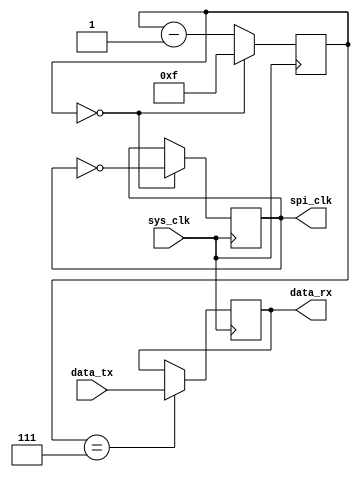
module spi_timing_control(
  input wire sys_clk,
  output reg spi_clk,
  input wire data_tx,
  output reg data_rx
);

reg [7:0] clock_divider;

always @(posedge sys_clk) begin
  // Clock divider logic to generate SPI clock frequency
  if (clock_divider == 8'd0) begin
    clock_divider <= 8'd15;
    spi_clk <= ~spi_clk;
  end else begin
    clock_divider <= clock_divider - 1;
  end
  
  // Data transmission and synchronization logic
  if (clock_divider == 8'd7) begin
    data_rx <= data_tx;
  end
end

endmodule